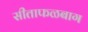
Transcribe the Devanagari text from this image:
सीताफळबाग